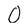
Character: O